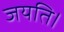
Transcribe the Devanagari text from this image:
जयति।